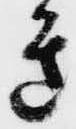
き